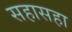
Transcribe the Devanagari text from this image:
सहासहा